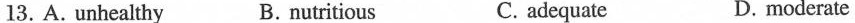
13.A. unhealthy B.nutritious C. adequate D. moderate